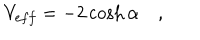
V _ { e f f } = - 2 \cosh \alpha \quad ,